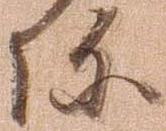
弥